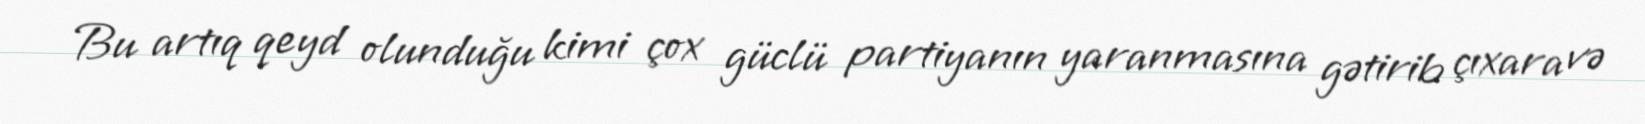
Bu artıq qeyd olunduğu kimi çox güclü partiyanın yaranmasına gətirib çıxara və